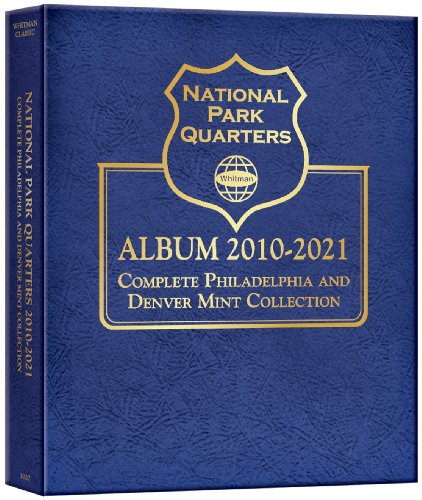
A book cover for National Park Quarter P&d Mint Album 2010-2021; Whitman Publishing; Crafts, Hobbies & Home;